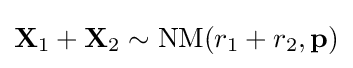
\mathbf {X} _{1}+\mathbf {X} _{2}\sim \mathrm {NM} (r_{1}+r_{2},\mathbf {p} )